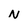
Character: N